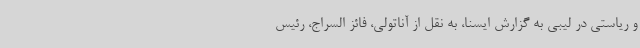
و ریاستی در لیبی به گزارش ایسنا، به نقل از آناتولی، فائز السراج، رئیس